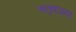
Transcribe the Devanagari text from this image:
चतुष्टठ्या